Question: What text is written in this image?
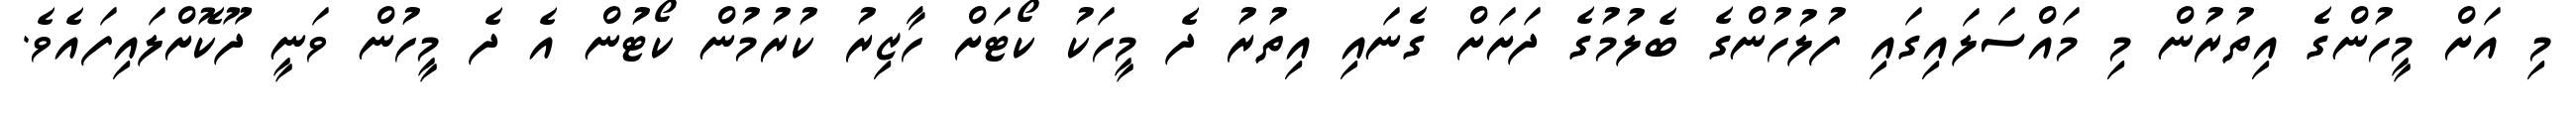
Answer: މި އަށް މީހުންގެ އިތުރުން މި މައްސަލައިގައި ފުލުހުންގެ ބެލުމުގެ ދަށަށް ގެނައި އިތުރު ދެ މީހަކު ކޯޓަށް ހާޒިރު ކުރުމުން ކޯޓުން އެ ދެ މީހުން ވަނީ ދޫކޮށްލައިފައެވެ.